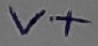
Text: V+